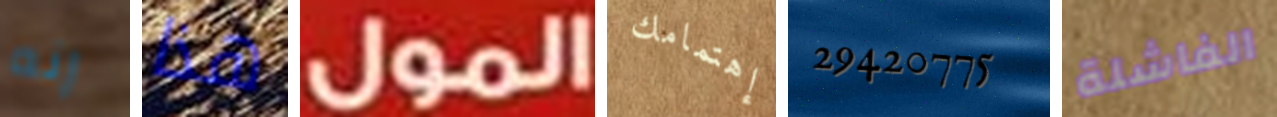
إنه هذا المول إهتمامك 29420775 الفاشلة